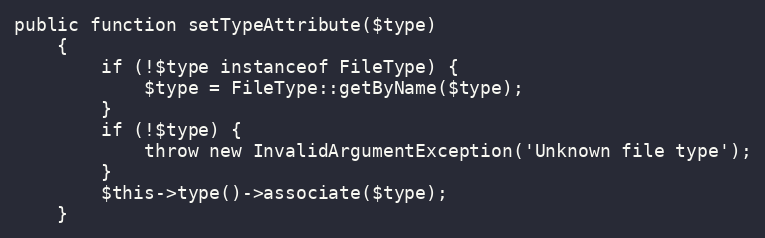
Language: PHP
public function setTypeAttribute($type)
    {
        if (!$type instanceof FileType) {
            $type = FileType::getByName($type);
        }
        if (!$type) {
            throw new InvalidArgumentException('Unknown file type');
        }
        $this->type()->associate($type);
    }